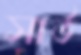
সার্ভ